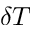
\delta T